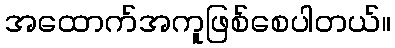
အထောက်အကူဖြစ်စေပါတယ်။